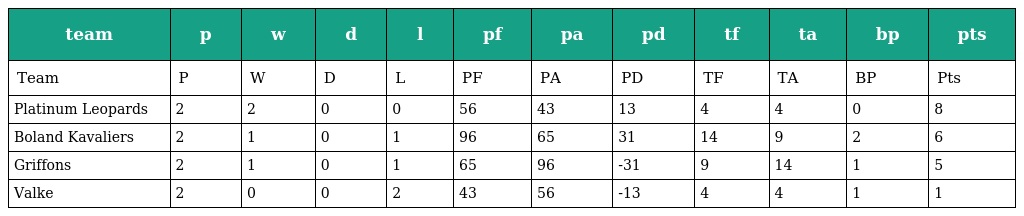
| team | p | w | d | l | pf | pa | pd | tf | ta | bp | pts |
 | --- | --- | --- | --- | --- | --- | --- | --- | --- | --- | --- | --- |
 | Team | P | W | D | L | PF | PA | PD | TF | TA | BP | Pts |
 | Platinum Leopards | 2 | 2 | 0 | 0 | 56 | 43 | 13 | 4 | 4 | 0 | 8 |
 | Boland Kavaliers | 2 | 1 | 0 | 1 | 96 | 65 | 31 | 14 | 9 | 2 | 6 |
 | Griffons | 2 | 1 | 0 | 1 | 65 | 96 | -31 | 9 | 14 | 1 | 5 |
 | Valke | 2 | 0 | 0 | 2 | 43 | 56 | -13 | 4 | 4 | 1 | 1 |